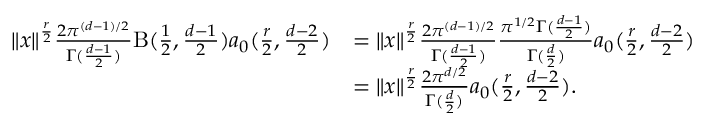
\begin{array} { r l } { \| x \| ^ { \frac { r } { 2 } } \frac { 2 \pi ^ { ( d - 1 ) / 2 } } { \Gamma ( \frac { d - 1 } { 2 } ) } \mathrm { B } ( \frac 1 2 , \frac { d - 1 } { 2 } ) a _ { 0 } ( \frac { r } { 2 } , \frac { d - 2 } { 2 } ) } & { = \| x \| ^ { \frac { r } { 2 } } \frac { 2 \pi ^ { ( d - 1 ) / 2 } } { \Gamma ( \frac { d - 1 } { 2 } ) } \frac { \pi ^ { 1 / 2 } \Gamma ( \frac { d - 1 } { 2 } ) } { \Gamma ( \frac { d } { 2 } ) } a _ { 0 } ( \frac { r } { 2 } , \frac { d - 2 } { 2 } ) } \\ & { = \| x \| ^ { \frac { r } { 2 } } \frac { 2 \pi ^ { d / 2 } } { \Gamma ( \frac { d } { 2 } ) } a _ { 0 } ( \frac { r } { 2 } , \frac { d - 2 } { 2 } ) . } \end{array}